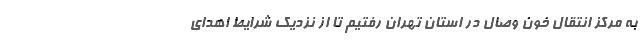
به مرکز انتقال خون وصال در استان تهران رفتیم تا از نزدیک شرایط اهدای